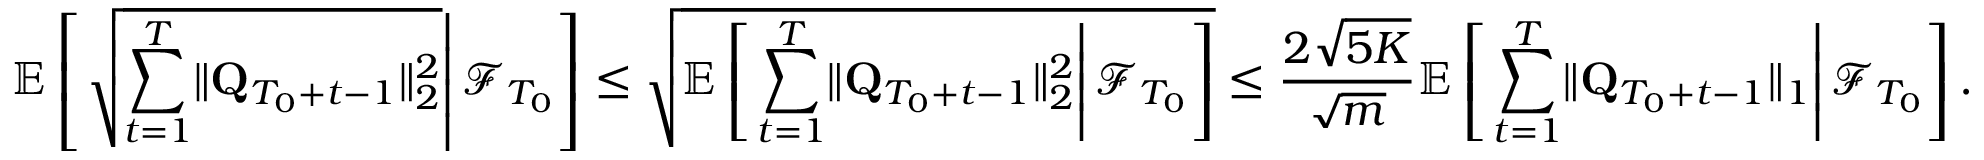
\mathbb E \left[ \left. \sqrt { \sum _ { t = 1 } ^ { T } \lVert \mathbf Q _ { T _ { 0 } + t - 1 } \rVert _ { 2 } ^ { 2 } } \right\rvert \mathcal F _ { T _ { 0 } } \right] \le \sqrt { \mathbb E \left[ \left. \sum _ { t = 1 } ^ { T } \lVert \mathbf Q _ { T _ { 0 } + t - 1 } \rVert _ { 2 } ^ { 2 } \right\rvert \mathcal F _ { T _ { 0 } } \right] } \le \frac { 2 \sqrt { 5 K } } { \sqrt m } \mathbb E \left[ \left. \sum _ { t = 1 } ^ { T } \lVert \mathbf Q _ { T _ { 0 } + t - 1 } \rVert _ { 1 } \right\rvert \mathcal F _ { T _ { 0 } } \right] .